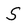
Character: S